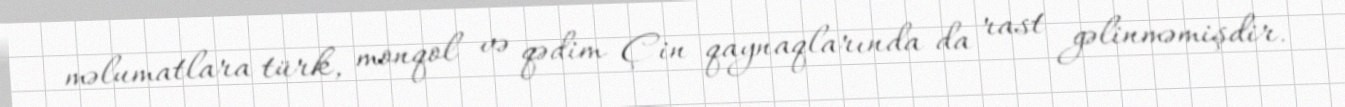
məlumatlara türk, monqol və qədim Çin qaynaqlarında da rast gəlinməmişdir.